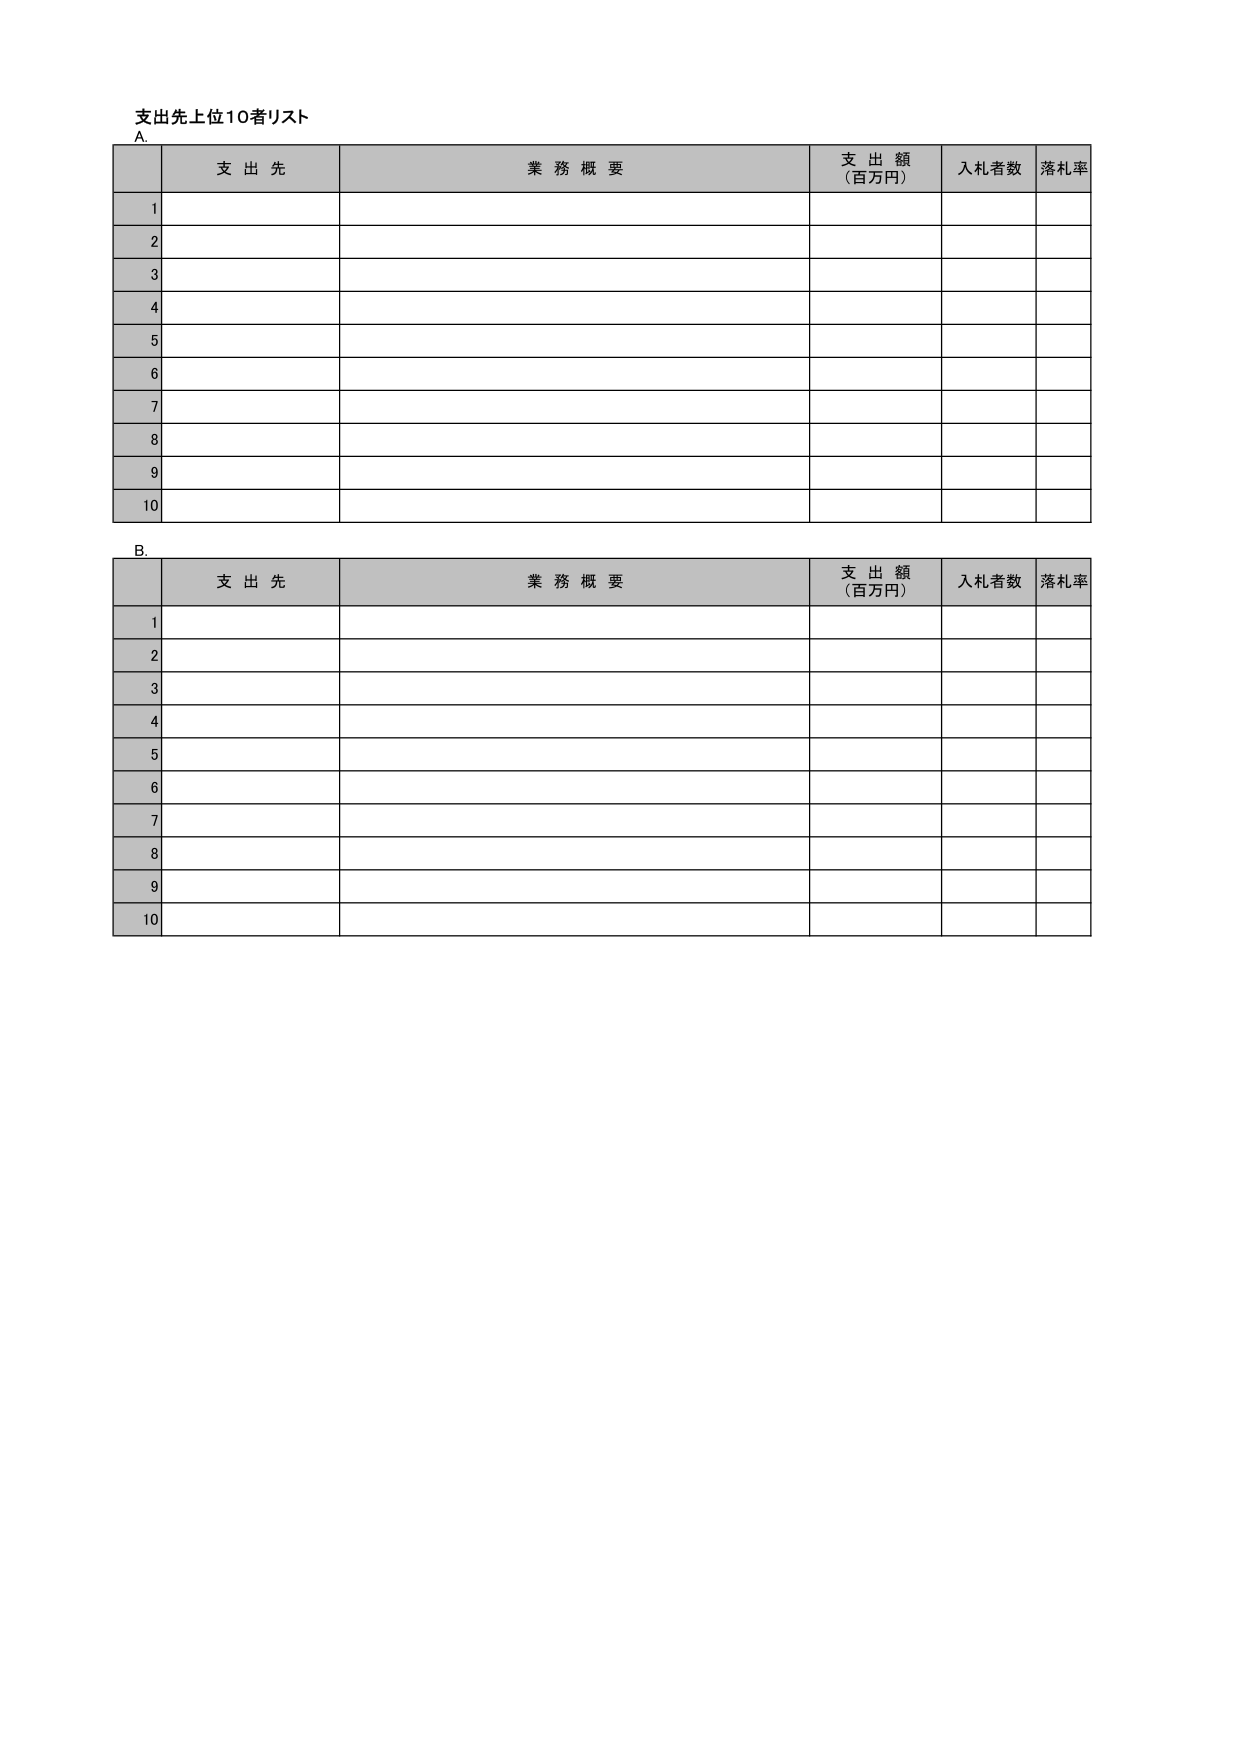
支出先上位10者リスト
A.
支 出 先
業 務 概 要
支 出 額
（百万円）
入札者数
落札率
1
2
3
4
5
6
7
8
9
10
B.
支 出 先
業 務 概 要
支 出 額
（百万円）
入札者数
落札率
1
2
3
4
5
6
7
8
9
10